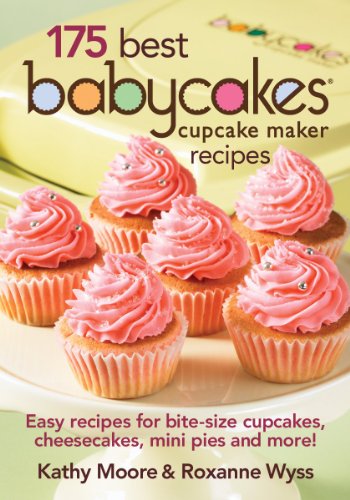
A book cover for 175 Best Babycakes Cupcake Maker Recipes: Easy Recipes for Bite-Size Cupcakes, Cheesecakes, Mini Pies and More!; Kathy Moore; Cookbooks, Food & Wine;